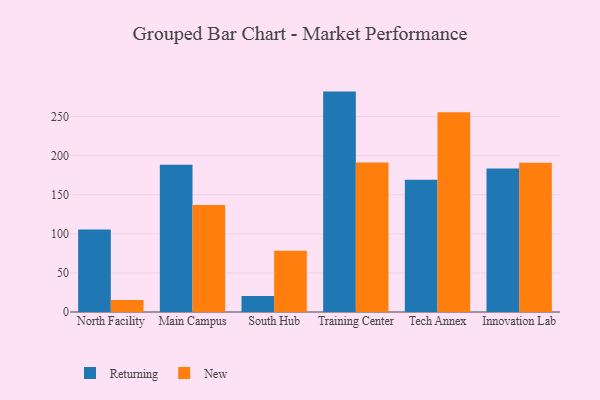
{"axis": {"x": "Campus", "y": "Conversion Rate (%)"}, "legend": ["New", "Returning"], "data": [{"x": "North Facility", "y": 105.6, "type": "Returning"}, {"x": "North Facility", "y": 15.4, "type": "New"}, {"x": "Main Campus", "y": 188.2, "type": "Returning"}, {"x": "Main Campus", "y": 136.9, "type": "New"}, {"x": "South Hub", "y": 20.4, "type": "Returning"}, {"x": "South Hub", "y": 78.2, "type": "New"}, {"x": "Training Center", "y": 281.9, "type": "Returning"}, {"x": "Training Center", "y": 191.2, "type": "New"}, {"x": "Tech Annex", "y": 169.1, "type": "Returning"}, {"x": "Tech Annex", "y": 255.5, "type": "New"}, {"x": "Innovation Lab", "y": 183.7, "type": "Returning"}, {"x": "Innovation Lab", "y": 191.0, "type": "New"}]}